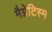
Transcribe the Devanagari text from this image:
मैग्नेटिस्म